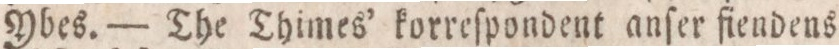
Ybes. — The Thimes’ korreſpondent anſer fiendens